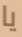
يا